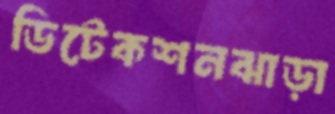
ডিটেকশনঝাড়া